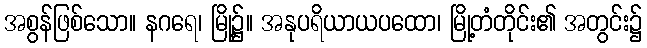
အစွန်ဖြစ်သော။ နဂရေ၊ မြို့၌။ အနုပရိယာယပထော၊ မြို့တံတိုင်း၏ အတွင်း၌